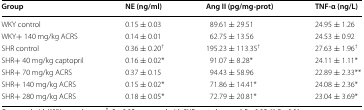
| Group | NE (ng/ml) | Ang II (pg/mg·prot) | TNF-α (ng/L) |
 | --- | --- | --- | --- |
 | WKY control | 0.15 ± 0.03 | 89.61 ± 29.51 | 24.95 ± 1.26 |
 | WKY+ 140 mg/kg ACRS | 0.14 ± 0.01 | 62.75 ± 13.56 | 24.53 ± 0.92 |
 | SHR control | 0.36 ± 0.20† | 195.23 ± 113.35† | 27.63 ± 1.96† |
 | SHR+ 40 mg/kg captopril | 0.16 ± 0.02* | 91.07 ± 8.28* | 24.11 ± 1.11* |
 | SHR+ 70 mg/kg ACRS | 0.37 ± 0.15 | 94.43 ± 58.96 | 22.89 ± 2.33** |
 | SHR+ 140 mg/kg ACRS | 0.15 ± 0.02* | 71.86 ± 14.41* | 24.08 ± 2.36* |
 | SHR+ 280 mg/kg ACRS | 0.18 ± 0.05* | 72.79 ± 20.81* | 23.04 ± 3.69* |